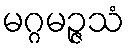
မဂ္ဂမဉ္ဇသံ